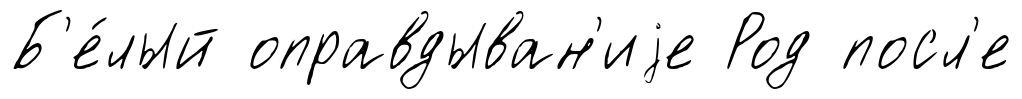
Б'е́лый оправдыван'иjе Род посл'е